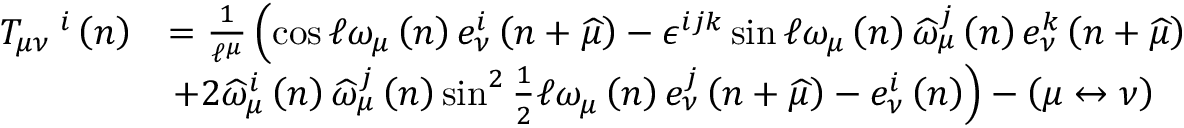
\begin{array} { r l } { T _ { \mu \nu } ^ { \quad i } \left( n \right) } & { = \frac { 1 } { \mathcal { \ell } ^ { \mu } } \left( \cos \mathcal { \ell } \omega _ { \mu } \left( n \right) e _ { \nu } ^ { i } \left( n + \widehat { \mu } \right) - \epsilon ^ { i j k } \sin \mathcal { \ell } \omega _ { \mu } \left( n \right) \widehat { \omega } _ { \mu } ^ { j } \left( n \right) e _ { \nu } ^ { k } \left( n + \widehat { \mu } \right) \right. } \\ & { \left. + 2 \widehat { \omega } _ { \mu } ^ { i } \left( n \right) \widehat { \omega } _ { \mu } ^ { j } \left( n \right) \sin ^ { 2 } \frac { 1 } { 2 } \mathcal { \ell } \omega _ { \mu } \left( n \right) e _ { \nu } ^ { j } \left( n + \widehat { \mu } \right) - e _ { \nu } ^ { i } \left( n \right) \right) - \left( \mu \leftrightarrow \nu \right) } \end{array}